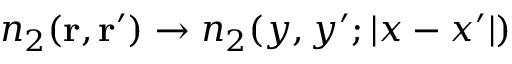
n _ { 2 } ( \mathbf { r } , \mathbf { r } ^ { \prime } ) \to n _ { 2 } ( y , y ^ { \prime } ; | x - x ^ { \prime } | )